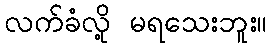
လက်ခံလို့ မရသေးဘူး။